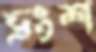
ভ্রংশ